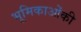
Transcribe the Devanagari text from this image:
भूमिकाओंकी